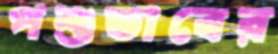
পশুভাবের